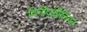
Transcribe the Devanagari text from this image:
विनीज़वीलियन